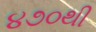
૪૭૦થી